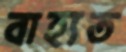
বাহ্যত